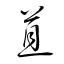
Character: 苴